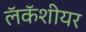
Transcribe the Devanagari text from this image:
लॅकॅशीयर